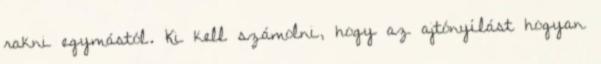
rakni egymástól. Ki kell számolni, hogy az ajtónyílást hogyan